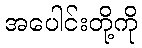
အပေါင်းတို့ကို